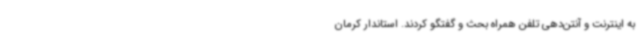
به اینترنت و آنتن‌دهی تلفن همراه بحث و گفتگو کردند. استاندار کرمان